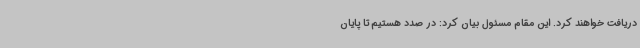
دریافت خواهند کرد. این مقام مسئول بیان کرد: در صدد هستیم تا پایان